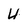
Character: 4